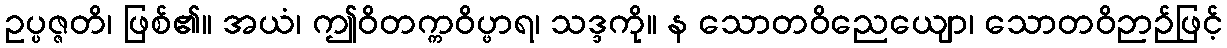
ဥပ္ပဇ္ဇတိ၊ ဖြစ်၏။ အယံ၊ ဤဝိတက္ကဝိပ္ဖာရ၊ သဒ္ဒကို။ န သောတဝိညေယျော၊ သောတဝိဉာဉ်ဖြင့်